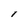
Character: I